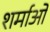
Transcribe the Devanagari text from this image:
शर्माओ